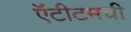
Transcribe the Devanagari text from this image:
ऍंटीटमची